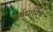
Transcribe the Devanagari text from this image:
अर्धधार्मिक